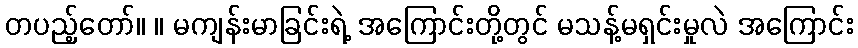
တပည့်တော်။ ။ မကျန်းမာခြင်းရဲ့ အကြောင်းတို့တွင် မသန့်မရှင်းမှုလဲ အကြောင်း